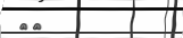
٢٠